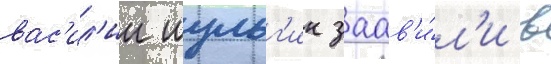
вас'ил'ии шульг'ин заав'и́л'и в